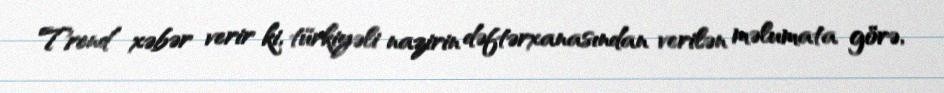
Trend xəbər verir ki, türkiyəli nazirin dəftərxanasından verilən məlumata görə,